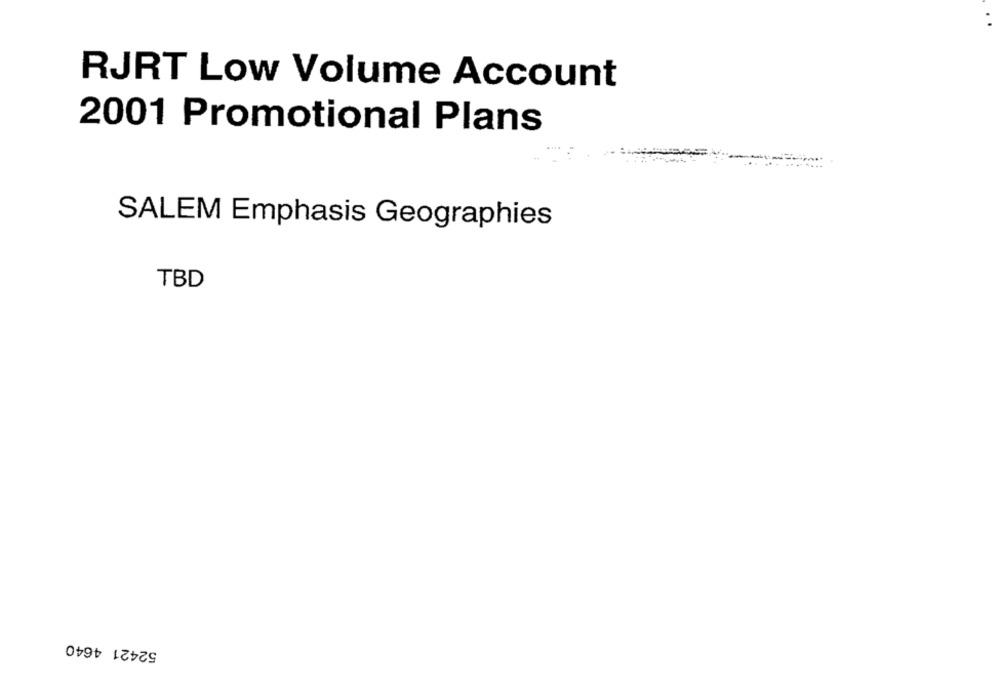
RJRT Low Volume Account
2001 Promotional Plans
SALEM Emphasis Geographies
TBD
52421 4640